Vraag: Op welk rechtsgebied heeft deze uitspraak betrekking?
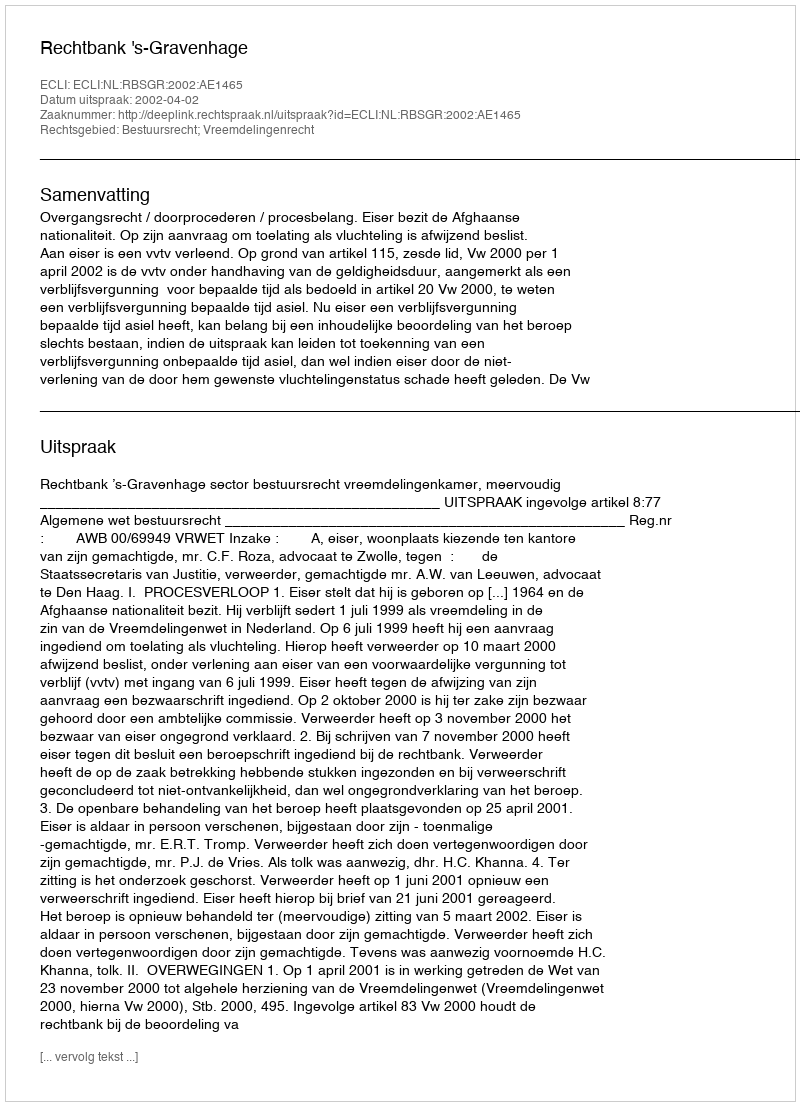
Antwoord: Bestuursrecht; Vreemdelingenrecht